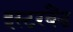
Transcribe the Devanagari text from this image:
इस्टरबैंड